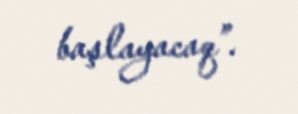
başlayacaq”.